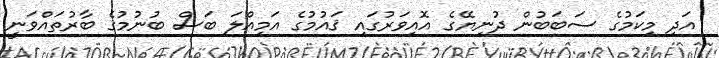
އަދި މިކަމުގެ ސަބަބުން ދުނިޔޭގެ އޮއިވަރުގައި ޤައުމުގެ އަމިއްލަ ބަސް ބުނުމުގެ ބާރުތައްވަނީ